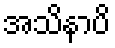
အသိနာပိ